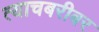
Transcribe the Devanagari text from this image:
त्याचबरीबर